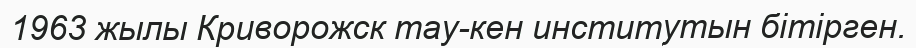
1963 жылы Криворожск тау-кен институтын бітірген.